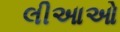
લીઆઓ